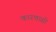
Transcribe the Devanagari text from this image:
कारणासी